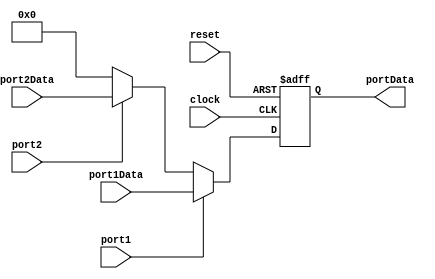
`timescale 1ns / 1ps
//////////////////////////////////////////////////////////////////////////////////
// Company: 
// Engineer: 
// 
// Design Name: 
// Module Name: dataOut
// Project Name: 
// Target Devices: 
// Tool Versions: 
// Description: 
// 
// Dependencies: 
// 
// Revision:
// Revision 0.01 - File Created
// Additional Comments:
// 
//////////////////////////////////////////////////////////////////////////////////


module dataOutput#(parameter size=8)(

    //inputs 
    
    input clock,
    input reset,
    input port1,
    input port2,
    input [size-1:0] port1Data,
    input [size-1:0] port2Data,
    
    //output
    
     output reg [size-1:0] portData
    );
    
    //this block to determine the out data from the system depnding on the active port      
    always@(posedge clock,posedge reset)
    begin
    portData<=0;
    if (reset)portData<=0;
    else if (port1) portData<= port1Data;
    else if (port2) portData <= port2Data;
     
    end
    
endmodule